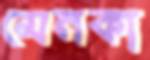
মেনকা